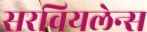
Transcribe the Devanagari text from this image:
सरवियलेन्स